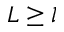
L \geq l